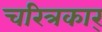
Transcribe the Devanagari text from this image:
चरित्रकार्